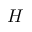
H